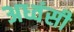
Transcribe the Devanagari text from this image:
अध्वंसी